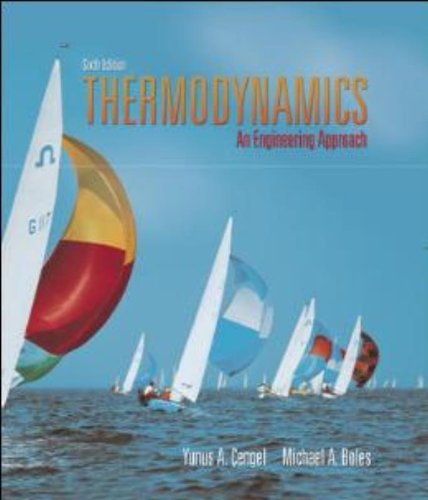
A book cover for Thermodynamics: An Engineering Approach with Student Resource DVD; Yunus Cengel; Science & Math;